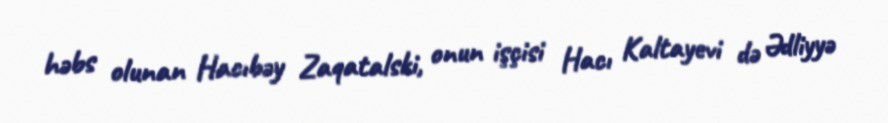
həbs olunan Hacıbəy Zaqatalski, onun işçisi Hacı Kaltayevi də Ədliyyə